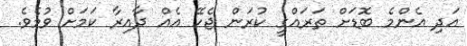
އަދި އެންމެ ބޮޑަށް ތަރައްގީ ކުރަން ޖެހޭ އެއް ދާއިރާ ކަމަށް ވުމެވެ.